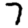
Digit: 7